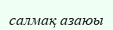
салмақ азаюы